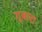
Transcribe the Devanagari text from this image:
गुबारा